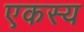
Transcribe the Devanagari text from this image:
एकस्य